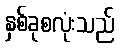
နှစ်ခုစလုံးသည်